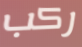
ركب